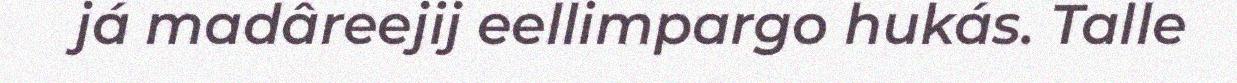
já madâreejij eellimpargo hukás. Talle